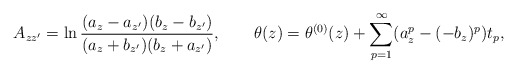
\begin{align*}A_{zz^\prime}=\ln\frac{(a_z-a_{z^\prime})(b_z-b_{z^\prime})}{(a_z+b_{z^\prime})(b_z+a_{z^\prime})}, \qquad\theta(z)=\theta^{(0)}(z)+\sum_{p=1}^\infty(a_z^p-(-b_z)^p)t_p,\end{align*}